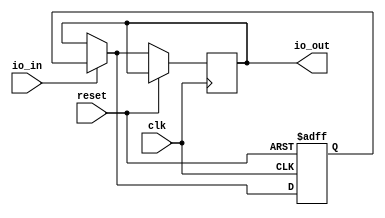
module IO_Block_TTL(
  input wire clk,
  input wire reset,
  input wire io_in,
  output reg io_out
  );

reg data;

always @ (posedge clk or posedge reset) begin
  if (reset) begin
    data <= 0;
  end else begin
    if (io_in) begin
      io_out <= data;
    end else begin
      data <= io_out;
    end
  end
end

endmodule